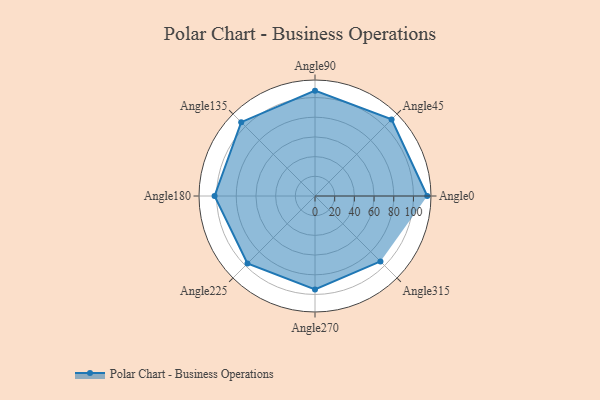
{"axis": {"x": "Angle", "y": "Radius"}, "legend": [""], "data": [{"x": "Angle0", "y": 114.0, "type": ""}, {"x": "Angle45", "y": 110.0, "type": ""}, {"x": "Angle90", "y": 107.0, "type": ""}, {"x": "Angle135", "y": 106.0, "type": ""}, {"x": "Angle180", "y": 102.0, "type": ""}, {"x": "Angle225", "y": 97.0, "type": ""}, {"x": "Angle270", "y": 95.0, "type": ""}, {"x": "Angle315", "y": 94.0, "type": ""}]}